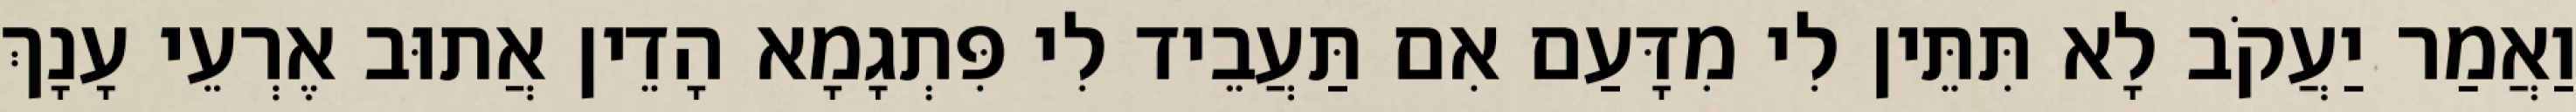
וַאֲמַר יַעֲקֹב לָא תִּתֵּין לִי מִדָּעַם אִם תַּעֲבֵיד לִי פִּתְגָמָא הָדֵין אֲתוּב אֶרְעֵי עָנָךְ